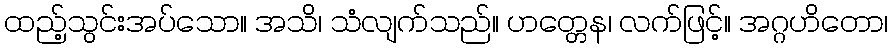
ထည့်သွင်းအပ်သော။ အသိ၊ သံလျက်သည်။ ဟတ္တေန၊ လက်ဖြင့်။ အဂ္ဂဟိတော၊